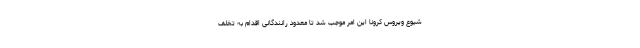
شیوع ویروس کرونا این امر موجب شد تا معدود رانندگانی اقدام به تخلف